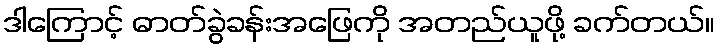
ဒါကြောင့် ဓာတ်ခွဲခန်းအဖြေကို အတည်ယူဖို့ ခက်တယ်။